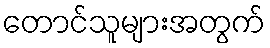
တောင်သူများအတွက်